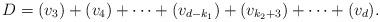
LaTeX: \begin{align*} D = (v_3)+ (v_4) + \cdots +(v_{d-k_1}) + (v_{k_2+3}) + \cdots + (v_d).\end{align*}